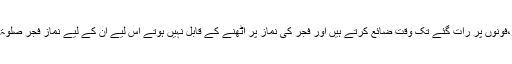
مثلا انٹرنیٹ پر،فونوں پر رات گئے تک وقت ضائع کرتے ہیں اور فجر کی نماز پر اٹھنے کے قابل نہیں ہوتے اس لیے ان کے لیے نماز فجر صلٰوۃ وسطی ہو گی ۔